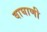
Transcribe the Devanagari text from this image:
वाघाणी